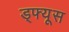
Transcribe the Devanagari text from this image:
ड्फ्यूस